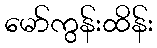
မော်ကွန်းထိန်း